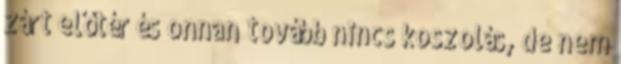
zárt előtér és onnan tovább nincs koszolás, de nem